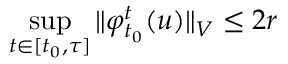
\operatorname* { s u p } _ { t \in [ t _ { 0 } , \tau ] } \Vert \varphi _ { t _ { 0 } } ^ { t } ( u ) \Vert _ { V } \leq 2 r